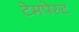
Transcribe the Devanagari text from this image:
टेमपेस्ट